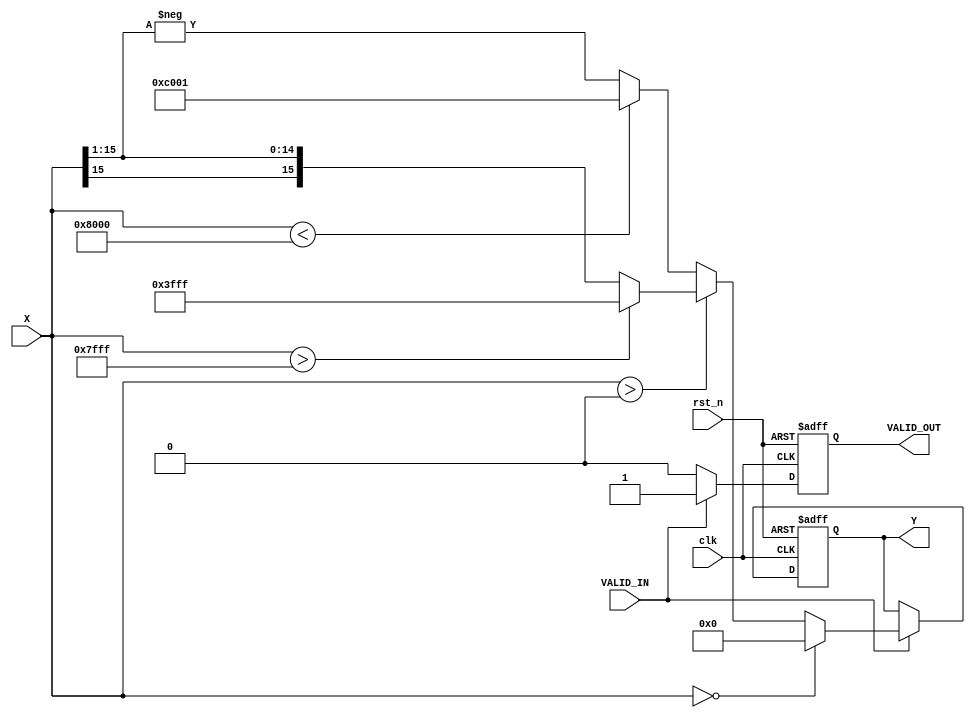
module atan_block (
    input wire clk,              // Clock signal
    input wire rst_n,            // Active low reset
    input wire signed [15:0] X,  // Input signal (tangent value)
    input wire VALID_IN,         // Valid input signal
    output reg signed [15:0] Y,   // Output signal (angle in radians)
    output reg VALID_OUT         // Valid output signal
);

    // Constants for /2 in fixed-point representation
    localparam signed [15:0] PI_OVER_2 = 16'h3FFF; // Approx. 1.5708 in Q1.15 format
    localparam signed [15:0] ZERO = 16'h0000;       // 0 in Q1.15 format

    always @(posedge clk or negedge rst_n) begin
        if (!rst_n) begin
            Y <= ZERO;
            VALID_OUT <= 0;
        end else if (VALID_IN) begin
            // Simple arctangent approximation using a conditional approach
            if (X == ZERO) begin
                Y <= ZERO; // atan(0) = 0
            end else if (X > 0) begin
                if (X > 32767) begin // Simulating positive infinity
                    Y <= PI_OVER_2; // atan(+inf) = /2
                end else begin
                    // A simple approximation for positive values
                    Y <= (X >>> 1); // Placeholder for more complex calculation
                end
            end else begin
                if (X < -32768) begin // Simulating negative infinity
                    Y <= -PI_OVER_2; // atan(-inf) = -/2
                end else begin
                    // A simple approximation for negative values
                    Y <= -(X >>> 1); // Placeholder for more complex calculation
                end
            end
            VALID_OUT <= 1; // Indicate that output is valid
        end else begin
            VALID_OUT <= 0; // Output is not valid
        end
    end

endmodule